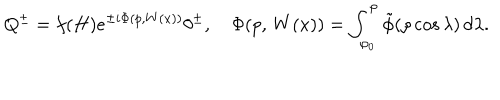
Q ^ { \pm } = f ( H ) e ^ { \pm i \Phi ( p , W ( x ) ) } \theta ^ { \pm } , \quad \Phi ( p , \, W ( x ) ) = \int _ { \varphi _ { 0 } } ^ { \varphi } \tilde { \phi } ( \rho \cos \lambda ) \, d \lambda .